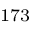
^ { 1 7 3 }